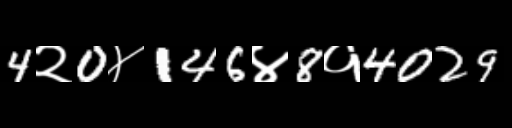
Text: 4२0४146४8१4029